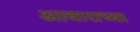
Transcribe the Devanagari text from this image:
आवाराच्या